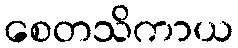
စေတသိကာယ